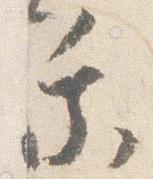
乗